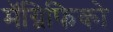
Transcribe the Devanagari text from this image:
मॅग्निफिको